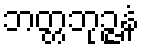
ဘတ္တဘုဉ္ဇနံ